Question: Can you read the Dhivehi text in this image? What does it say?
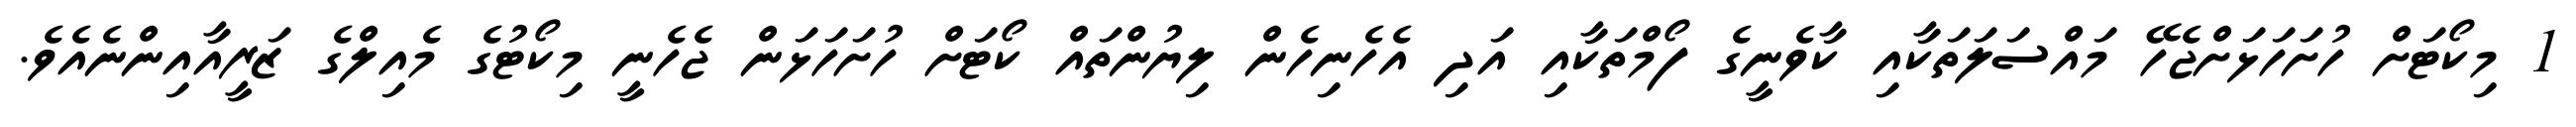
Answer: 1 މިކޯޓަށް ހުށަހަޅަށްޖެހޭ މައްސަލަތަކާއި ކާވެނީގެ ފޯމްތަކާއި އަދި އެހެނިހެން ލިޔުންތައް ކޯޓަށް ހުށަހަޅަން ޖެހެނީ މިކޯޓުގެ މެއިލްގެ ޒަރީއާއިންނެއެވެ.